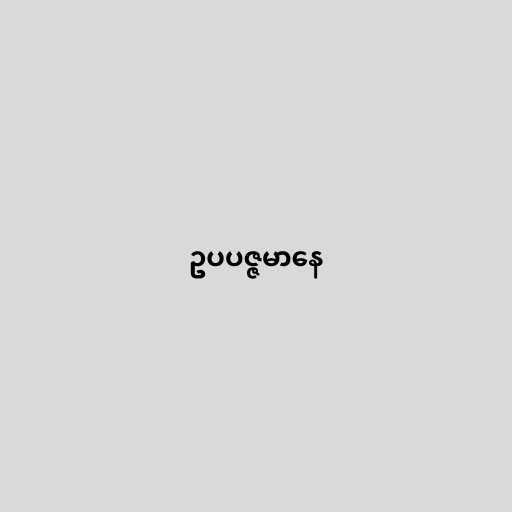
ဥပပဇ္ဇမာနေ